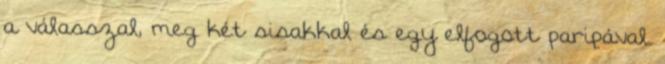
a válasszal, meg két sisakkal és egy elfogott paripával.